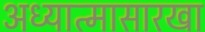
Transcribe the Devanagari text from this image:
अध्यात्मासारखा